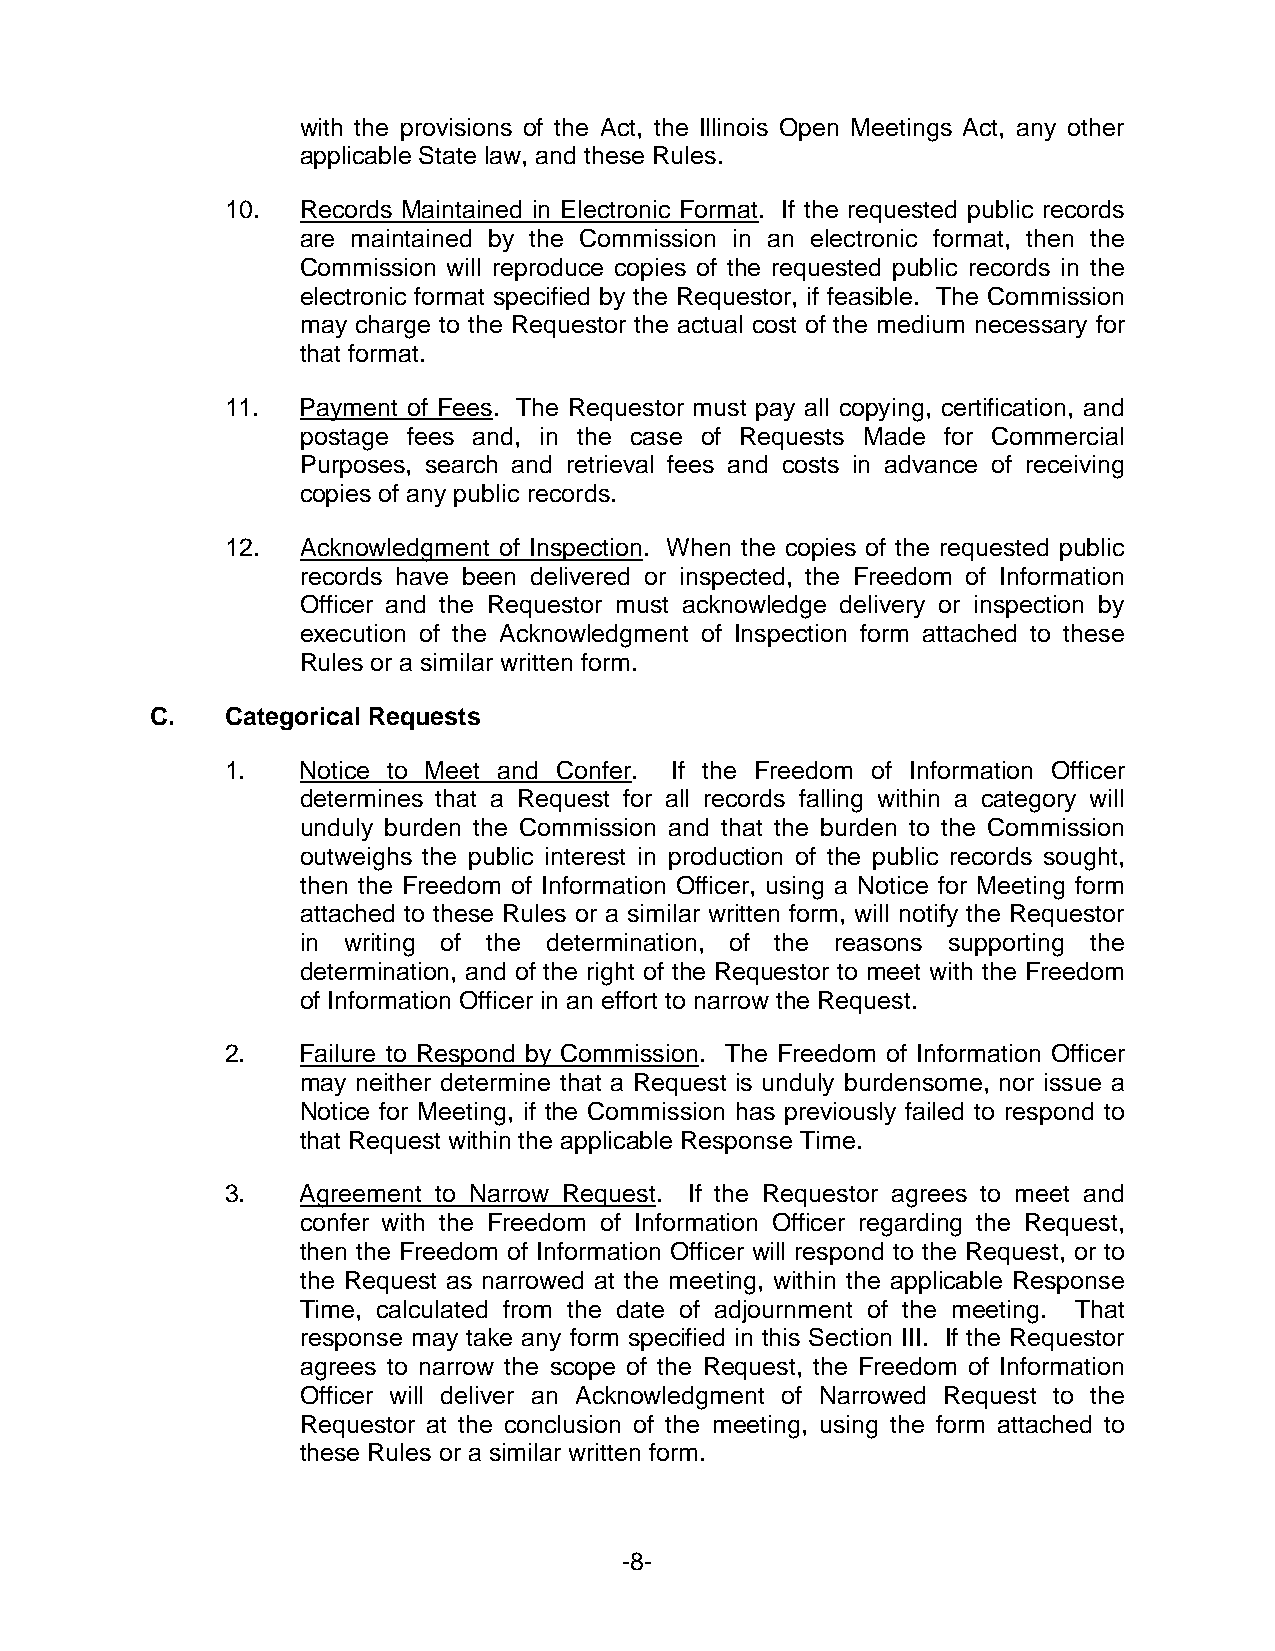
with the provisions of the Act, the Illinois Open Meetings Act, any other
 applicable State law, and these Rules.
 10.  Records Maintained in Electronic Format. If the requested public records
 are maintained by the Commission in an electronic format, then the
 Commission will reproduce copies of the requested public records in the
 electronic format specified by the Requestor, if feasible. The Commission
 may charge to the Requestor the actual cost of the medium necessary for
 that format.
 11.  Payment of Fees. The Requestor must pay all copying, certification, and
 postage fees and, in the case of Requests Made for Commercial
 Purposes, search and retrieval fees and costs in advance of receiving
 copies of any public records.
 12.  Acknowledgment of Inspection. When the copies of the requested public
 records have been delivered or inspected, the Freedom of Information
 Officer and the Requestor must acknowledge delivery or inspection by
 execution of the Acknowledgment of Inspection form attached to these
 Rules or a similar written form.
 C.   Categorical Requests
 1.   Notice to Meet and Confer. If the Freedom of Information Officer
 determines that a Request for all records falling within a category will
 unduly burden the Commission and that the burden to the Commission
 outweighs the public interest in production of the public records sought,
 then the Freedom of Information Officer, using a Notice for Meeting form
 attached to these Rules or a similar written form, will notify the Requestor
 in writing of the determination, of the reasons supporting the
 determination, and of the right of the Requestor to meet with the Freedom
 of Information Officer in an effort to narrow the Request.
 2.   Failure to Respond by Commission. The Freedom of Information Officer
 may neither determine that a Request is unduly burdensome, nor issue a
 Notice for Meeting, if the Commission has previously failed to respond to
 that Request within the applicable Response Time.
 3.   Agreement to Narrow Request. If the Requestor agrees to meet and
 confer with the Freedom of Information Officer regarding the Request,
 then the Freedom of Information Officer will respond to the Request, or to
 the Request as narrowed at the meeting, within the applicable Response
 Time, calculated from the date of adjournment of the meeting. That
 response may take any form specified in this Section III. If the Requestor
 agrees to narrow the scope of the Request, the Freedom of Information
 Officer will deliver an Acknowledgment of Narrowed Request to the
 Requestor at the conclusion of the meeting, using the form attached to
 these Rules or a similar written form.
 -8-